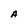
Character: A